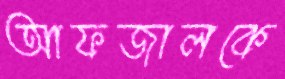
আফজালকে